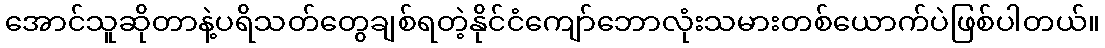
အောင်သူဆိုတာနဲ့ပရိသတ်တွေချစ်ရတဲ့နိုင်ငံကျော်ဘောလုံးသမားတစ်ယောက်ပဲဖြစ်ပါတယ်။